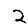
Digit: 2